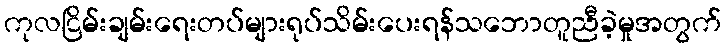
ကုလငြိမ်းချမ်းရေးတပ်များရုပ်သိမ်းပေးရန်သဘောတူညီခဲ့မှုအတွက်